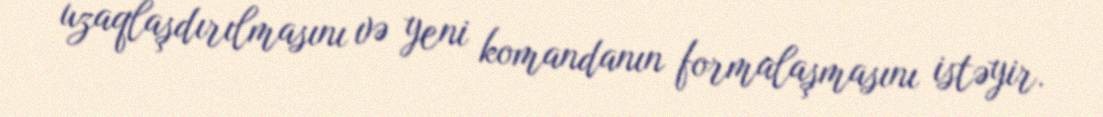
uzaqlaşdırılmasını və yeni komandanın formalaşmasını istəyir.